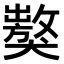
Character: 𤢝